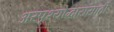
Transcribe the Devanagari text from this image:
अस्पृश्योद्धारासाठी